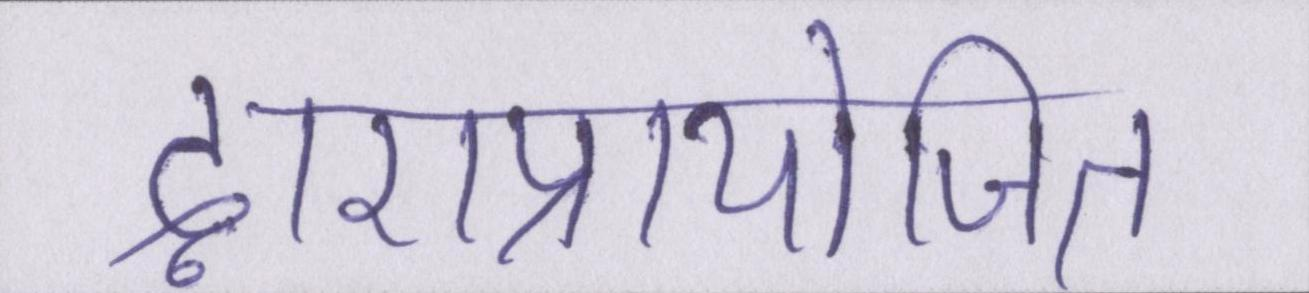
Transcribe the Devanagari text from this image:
द्वाराप्रायोजित